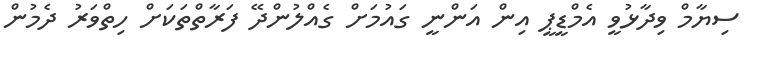
ސިޔާމް ވިދާޅުވީ އެމްޑީޕީ އިން އަންނީ ގައުމަށް ގެއްލުންދޭ ފަރާތްތަކަށް ހިތްވަރު ދެމުން